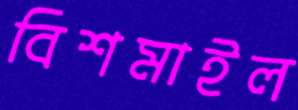
বিশমাইল